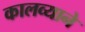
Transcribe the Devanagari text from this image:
कालव्याने